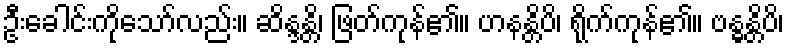
ဦးခေါင်းကိုသော်လည်း။ ဆိန္ဒန္တိ၊ ဖြတ်ကုန်၏။ ဟနန္တိပိ၊ ရိုက်ကုန်၏။ ဗန္ဓန္တိပိ၊